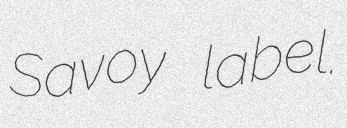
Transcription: Savoy label.